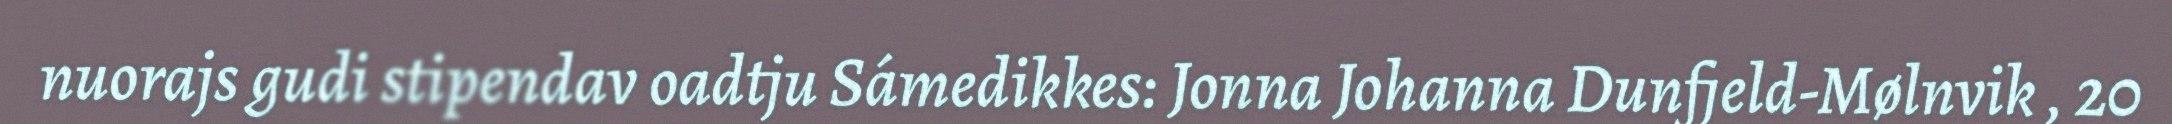
nuorajs gudi stipendav oadtju Sámedikkes: Jonna Johanna Dunfjeld-Mølnvik , 20